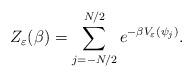
LaTeX: \begin{align*}Z_{\varepsilon}(\beta) = \sum\limits_{j=-N/2}^{N/2} e^{-\beta V_\varepsilon(\psi_j)}.\end{align*}